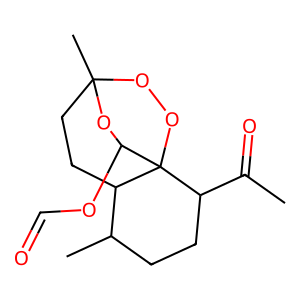
SMILES: CC(=O)C1CCC(C)C2CCC3(C)OOC12C(OC=O)O3
Inhibits HIV replication: No